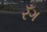
રઁગ